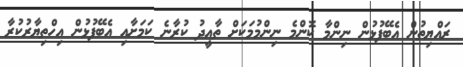
ރައްޔިތުން އެބޭފުޅުން ނިންމާ ކޮންމެ ނިންމުމަކަށް ތާއީދު ކުރާނެ ކަމަށާއި އެބޭފުޅުން އިހްތިޔާރުކުރާ